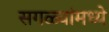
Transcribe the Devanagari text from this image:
सगळ्यांमध्ये